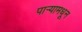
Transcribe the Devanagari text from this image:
पाऱ्यामधून